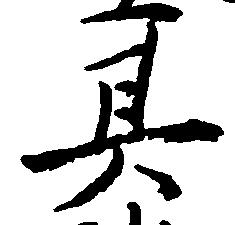
其